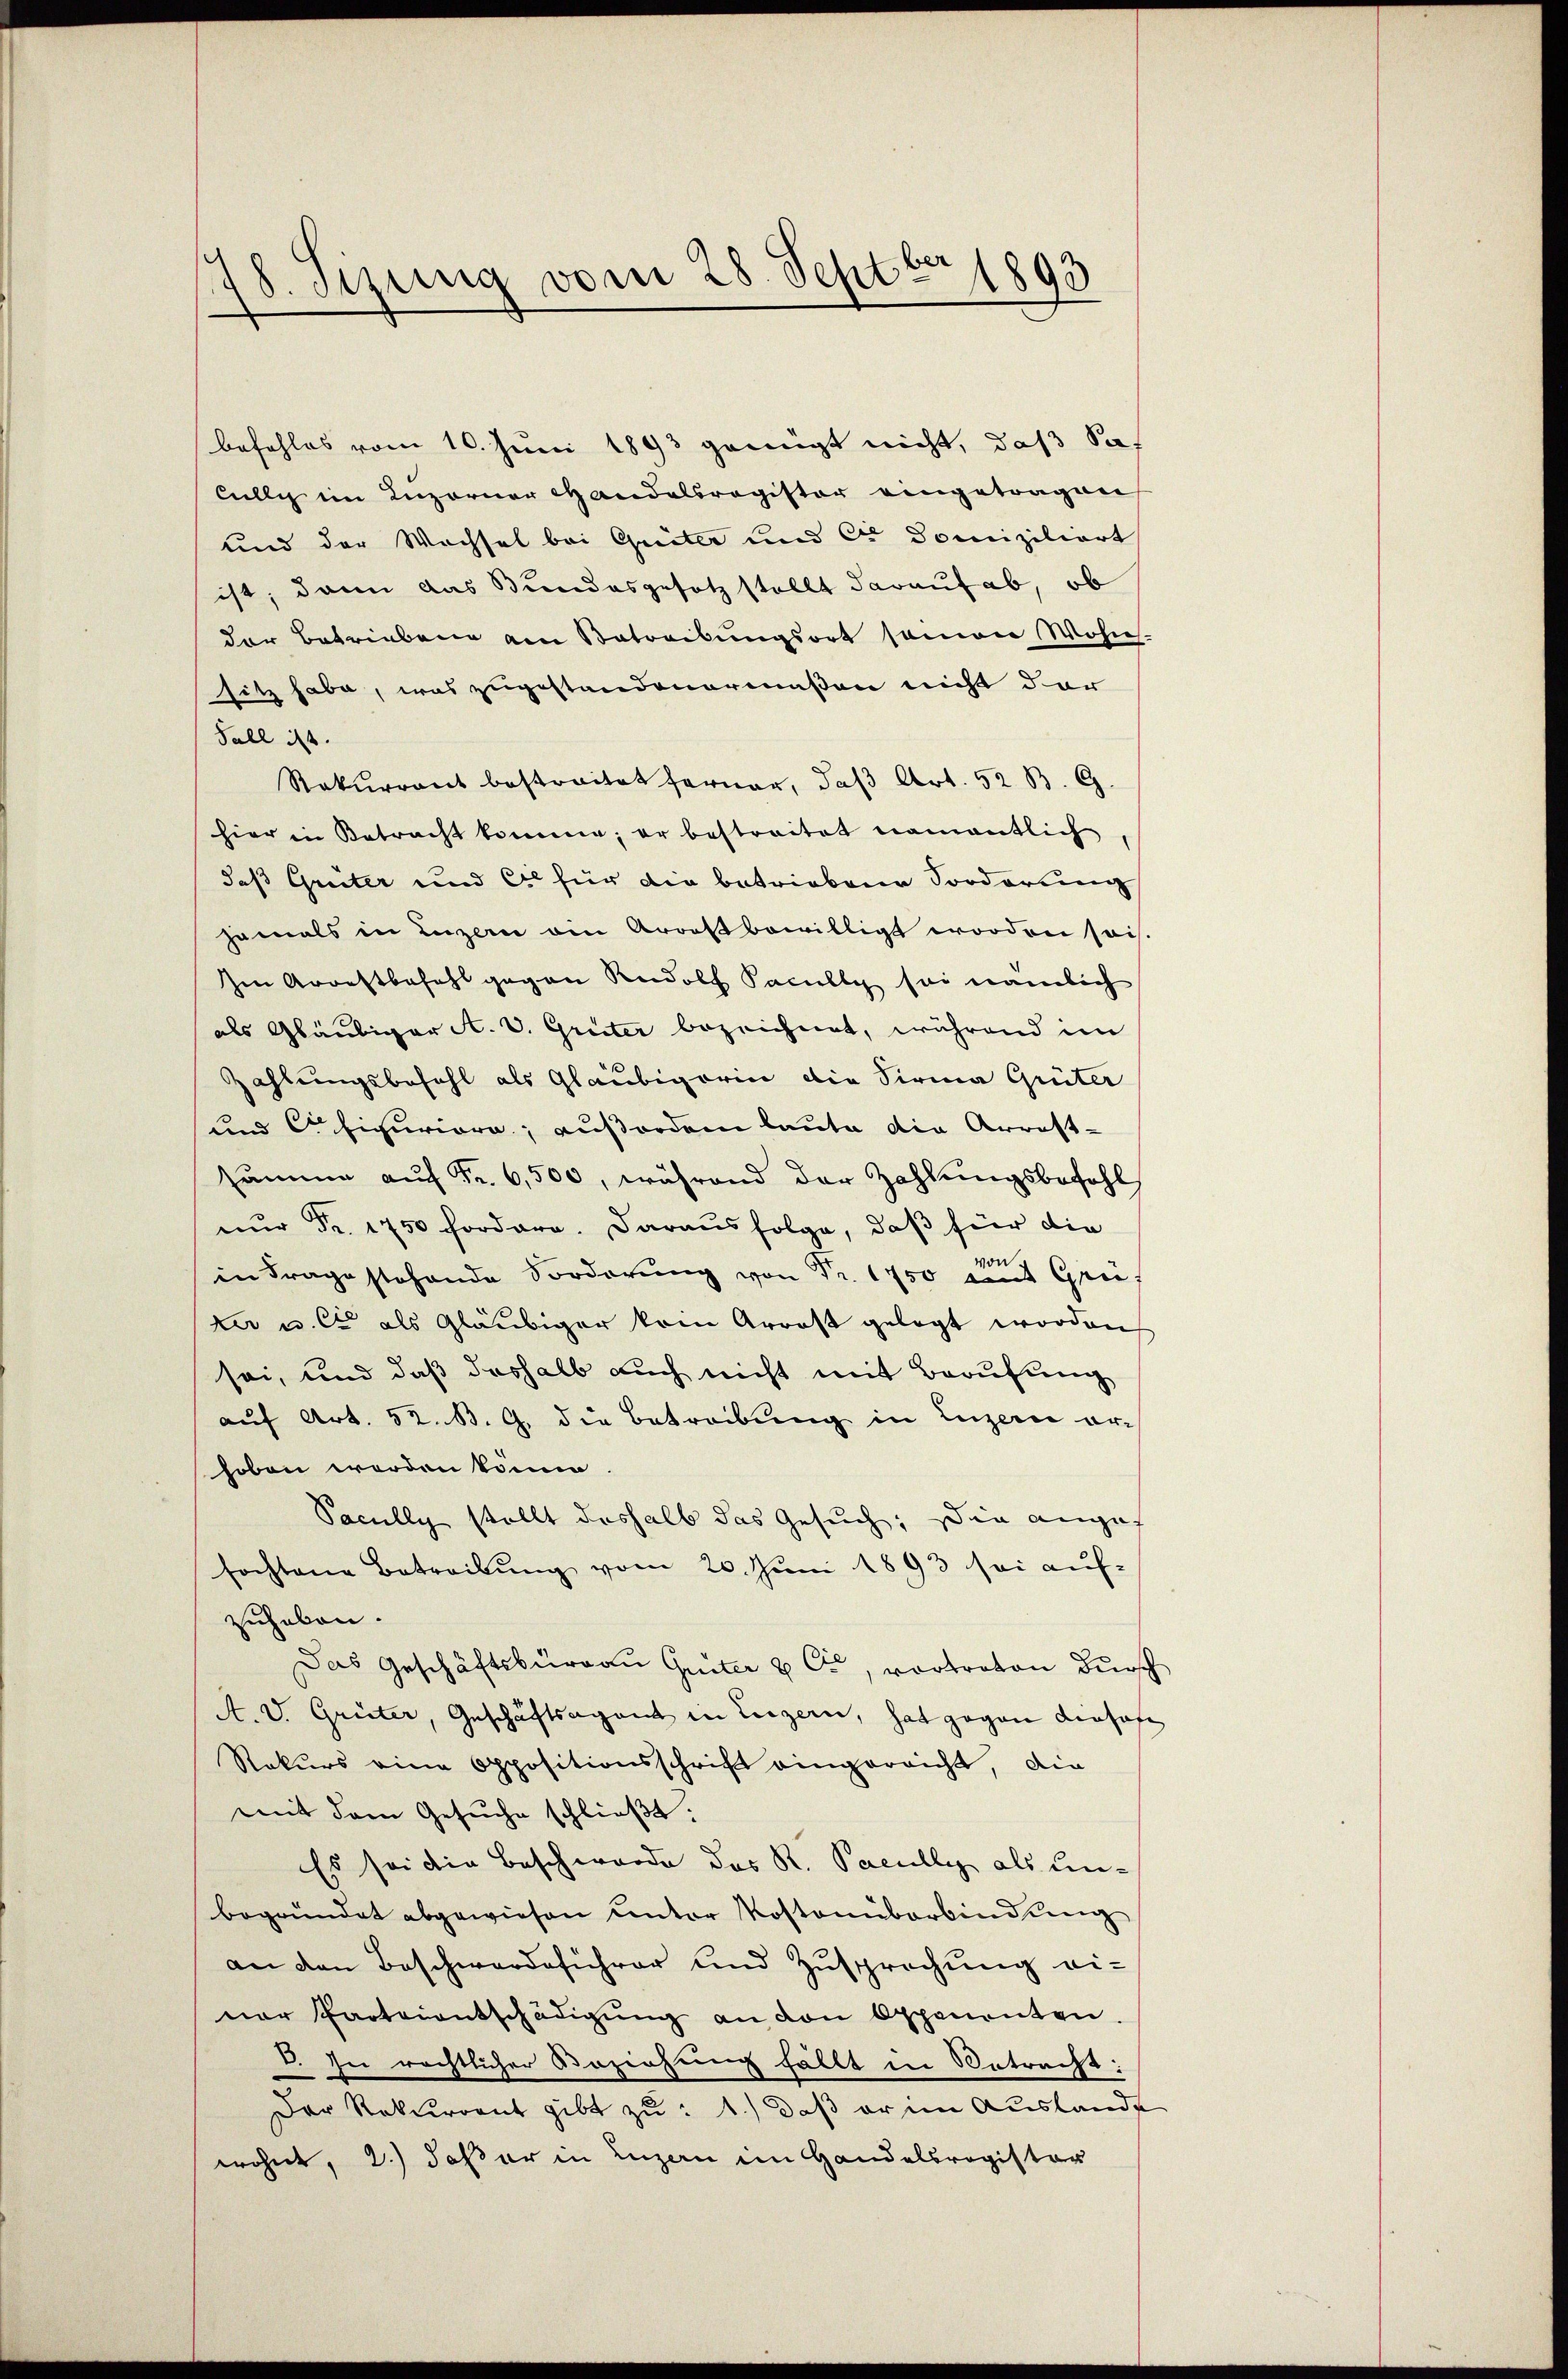
a
18. Sizung vom 28. Septbr 1893

befehles vom 10. Juni 1893 genügt nicht, daß Sa¬
Cillig im Luzerner Handelsregister eingetragen
und der Wachsel bei Greiter und Er Domiziliert
ist; dann das Bundesgesetz stellt darauf ab, ob
der Betriebene am Betreibungsort samon Wohns-
sitz habe, was zugestandonermaßen nicht dar
Fall ist.
Rekurrent bestreitet ferner, daβ Art. 52 B. G.
hier in Betracht komme; er bestreitet namentlich,
daß Greter und Er für die betriebene Forderung
jemals in Luzern ain Arres bewilligt worden sais.
Ien Arrestbefahl gegen Rudolf Facully sei nämlich
als Gläubiger A. v. Grüter bezeichnet, während im
Zahlungsbefehl als Gläubigerin die Sirma Grüter
und Figuriore, außerden laute die Arrest-
summe auf Fr. 6,500, während der Zahlungsbefehl
nŭr Fr. 1750 fordere. Daraus folge, daß für die
in Fragestehende Forderung von Fr. 1750 an Grei
ter u. Cie als Gläubiger kein Arrost gelegt worden
sei, und daß deshalb auch nicht mit Berufung
auf Art. 52. B. G. die Betreibung in Luzerne ar-
hoben worden könne.
Sacully stellt deshalb das Gesuch, die anges
fochtene Betreibung vom 20. Juni 1893 sei auf-
zuheben.
Das Geschäftsburgau Griter & Cie, vortreten durch
A. V. Greiter, Geschäftsagent in Luzern, hat gegen dersehe
Rekurs eine Oppositionsschrift eingereicht, die
mit dem Gesŭche schließt:
Es sei die Beschwerde des R. Pacully als unbegründet abgewiesen unter Kostenüberbindung
an den Beschwerdeführer und Zusprechung ei-
ner Parteientschädigŭng an den Opponenten.
D. In rächtlicher Beziehung fällt in Betracht:
Der Rekurrent gibt zu: 1.) daß er im Auslande
wohnt, 2.) daß er in Luzern im Handelsregister